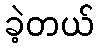
ခဲ့တယ်